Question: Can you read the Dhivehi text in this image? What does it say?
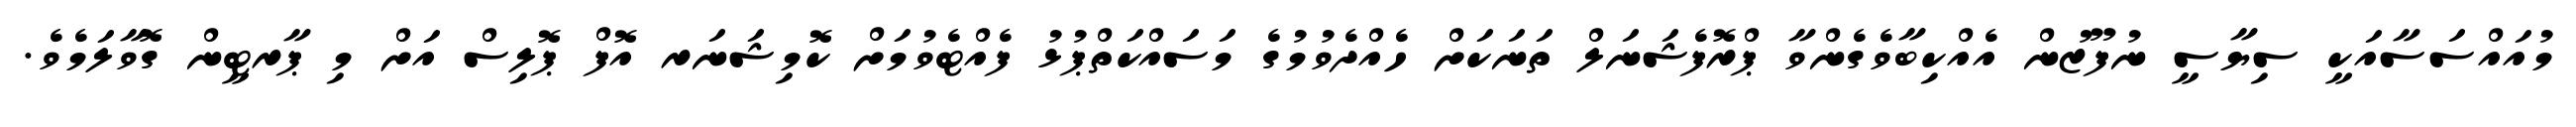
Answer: މުއައްސަސާއަކީ ސިޔާސީ ނުފޫޒުން އެއްކިބާވެގެންވާ ޕްރޮފެޝަނަލް ތަނަކަށް ހެއްދެވުމުގެ މަސައްކަތްޕުޅު ފެއްޓެވުމަށް ކޮމިޝަނަރ އޮފް ޕޮލިސް އަށް މި ޕާރޓީން ގޮވާލަމެވެ.